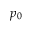
p _ { 0 }